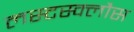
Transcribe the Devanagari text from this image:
लस्टस्क्लौस